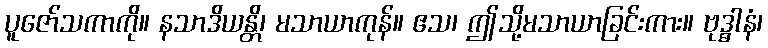
ပူဇော်သကာကို။ နသာဒိယန္တိ၊ မသာယာကုန်။ ဧသ၊ ဤသို့မသာယာခြင်းကား။ ဗုဒ္ဓါနံ၊